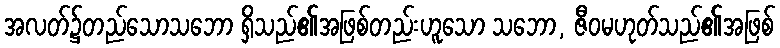
အလတ်၌တည်သောသဘော ရှိသည်၏အဖြစ်တည်းဟူသော သဘော, ဇီဝမဟုတ်သည်၏အဖြစ်